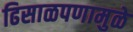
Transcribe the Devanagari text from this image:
ढिसाळपणामुळे